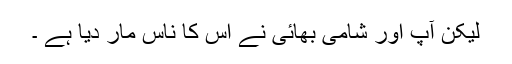
لیکن آپ اور شامی بھائی نے اس کا ناس مار دیا ہے ۔